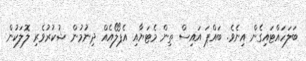
ބަލަހައްޓައިގެން އިނެވެ. ބައްޕަ އައިސް ތިން މެޓަޔާއި އެޕޯލޯއެއް ދިނުމުން ޝުކުރުވެރި ލޮލަކުން